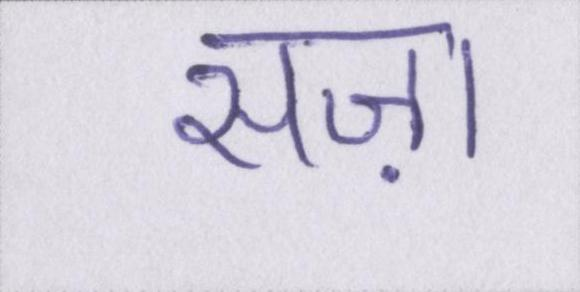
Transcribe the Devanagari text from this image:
सज़ा